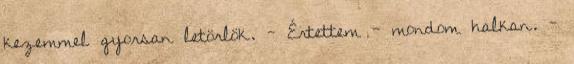
kezemmel gyorsan letörlök. - Értettem - mondom halkan. -